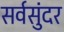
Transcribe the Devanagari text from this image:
सर्वसुंदर